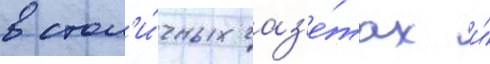
в стол'и́чных газ'е́тах и́